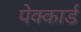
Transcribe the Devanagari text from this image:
पेक्कार्ड